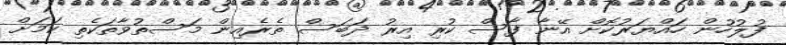
ފުލުހުން ހައްޔަރުކޮށް އޭނާ ފާސް ކުރި އިރު ދަބަސް ތެރެއިން މަސްތުވާތަކެތި ކަމަށް